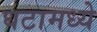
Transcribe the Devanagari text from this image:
घटामध्ये